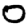
Digit: 0